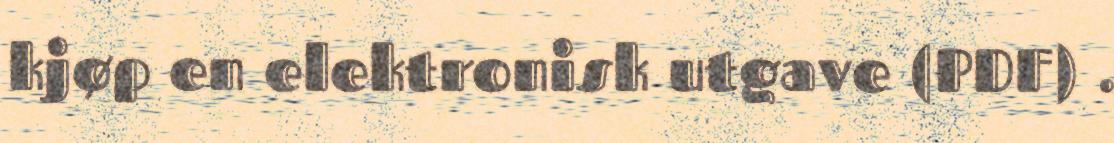
kjøp en elektronisk utgave (PDF) .